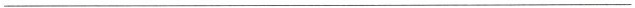
___